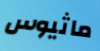
ماثيوس